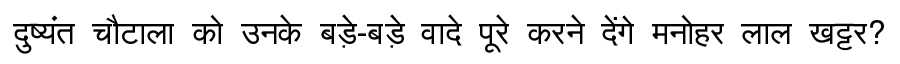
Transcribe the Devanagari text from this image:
दुष्यंत चौटाला को उनके बड़े-बड़े वादे पूरे करने देंगे मनोहर लाल खट्टर?